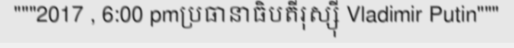
"""2017 , 6:00 pmប្រធានាធិបតីរុស្ស៊ី Vladimir Putin"""